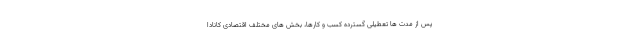
پس از مدت ها تعطیلی گسترده کسب و کارها، بخش های مختلف اقتصادی کانادا